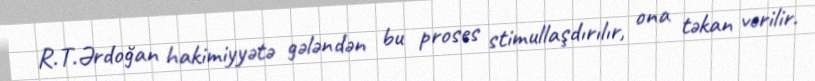
R.T.Ərdoğan hakimiyyətə gələndən bu proses stimullaşdırılır, ona təkan verilir.